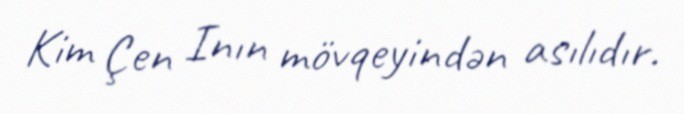
Kim Çen Inın mövqeyindən asılıdır.